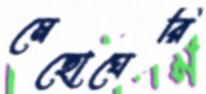
মেছোঘেরি